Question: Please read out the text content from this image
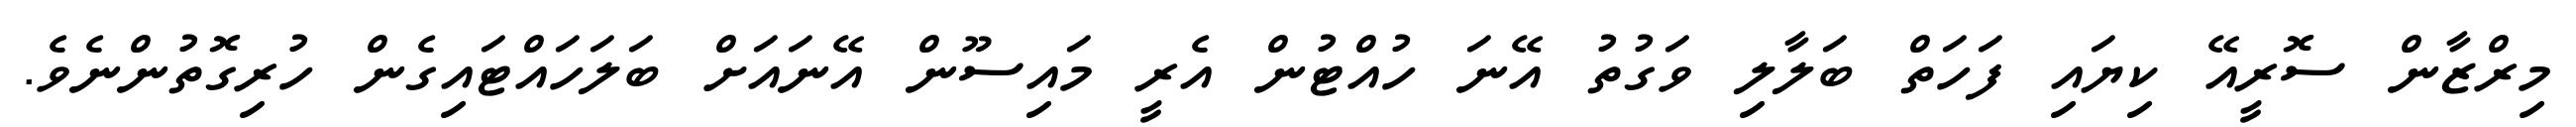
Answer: މިރްޒާން ސޮރީއޭ ކިޔައި ފަހަތް ބަލާލި ވަގުތު އޭނަ ހުއްޓުން އެރީ މައިސޫން އޭނައަށް ބަލަހައްޓައިގެން ހުރިގޮތުންނެވެ.